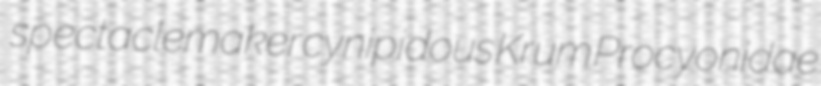
spectaclemaker cynipidous Krum Procyonidae